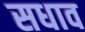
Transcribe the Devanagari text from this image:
सधाव